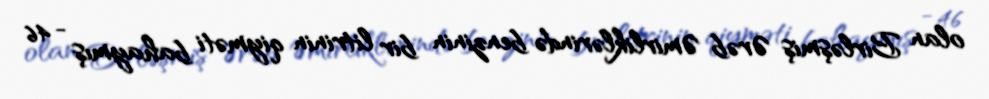
olan Birləşmiş Ərəb Əmirliklərində benzinin bir litrinin qiyməti bahaymış - 46